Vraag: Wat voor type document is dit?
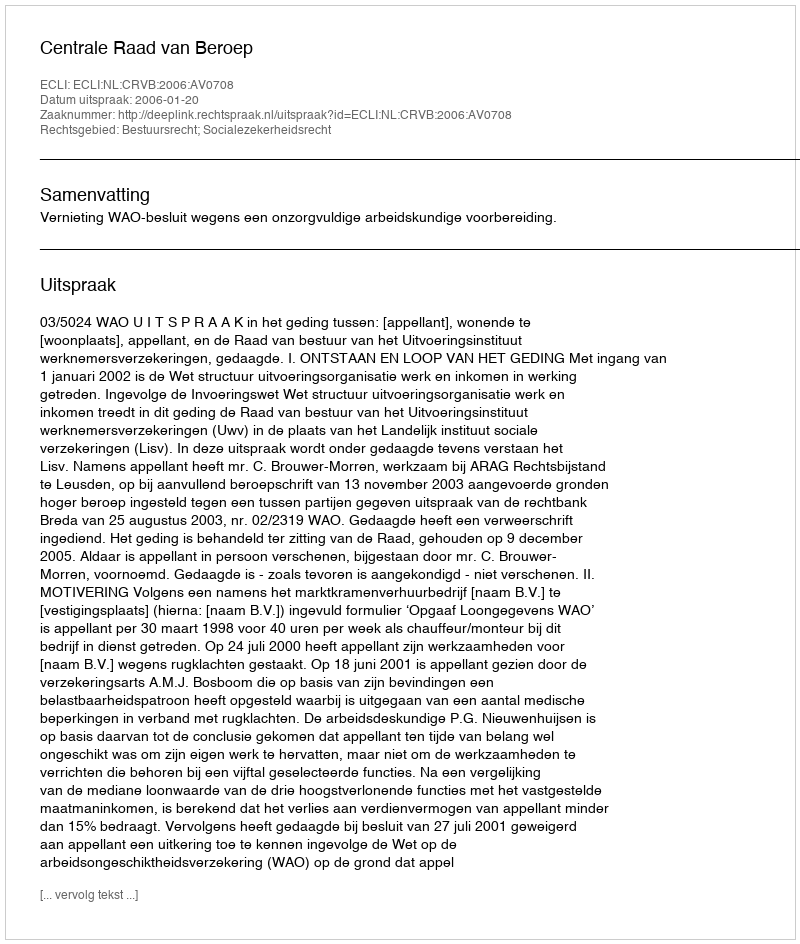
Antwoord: Uitspraak